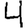
Digit: 4